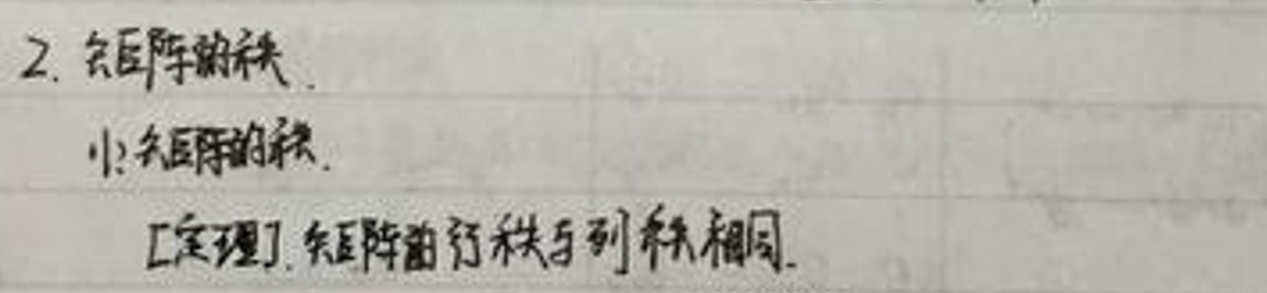
2. 矩阵的秩
   - 1) 矩阵的秩
   [定理] 矩阵的行秩与列秩相同.